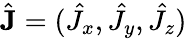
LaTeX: \hat{\mathbf{J}}=(\hat{J}_{x},\hat{J}_{y},\hat{J}_{z})